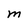
Character: M